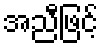
အညီဖြင့်